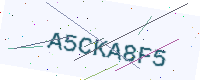
Text: A5CKA8F5